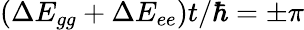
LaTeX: (\Delta E_{gg}+\Delta E_{ee})t/\hbar=\pm\pi